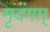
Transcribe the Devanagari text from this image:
मृदंगम्